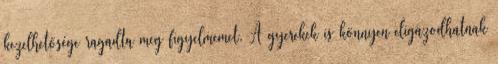
kezelhetősége ragadta meg figyelmemet. A gyerekek is könnyen eligazodhatnak